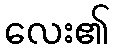
လေး၏